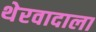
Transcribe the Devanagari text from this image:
थेरवादाला